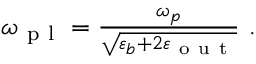
\begin{array} { r } { \omega _ { \mathrm { ~ p ~ l ~ } } = \frac { \omega _ { p } } { \sqrt { \varepsilon _ { b } + 2 \varepsilon _ { \mathrm { ~ o ~ u ~ t ~ } } } } ~ . } \end{array}